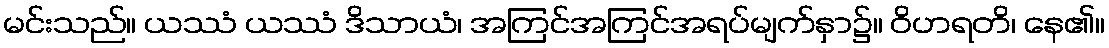
မင်းသည်။ ယဿံ ယဿံ ဒိသာယံ၊ အကြင်အကြင်အရပ်မျက်နှာ၌။ ဝိဟရတိ၊ နေ၏။